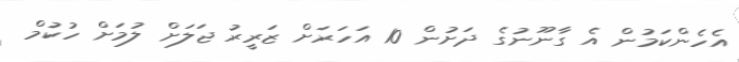
އެހެންކަމުން އެ ގާނޫނުގެ ދަށުން 10 އަހަރަށް ޒަރީރު ޖަލަށް ލުމަށް ހުކުމް